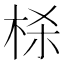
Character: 𬂮